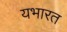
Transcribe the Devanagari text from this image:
यभारत